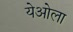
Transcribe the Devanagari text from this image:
येओला